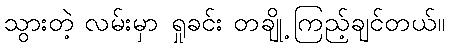
သွားတဲ့ လမ်းမှာ ရှုခင်း တချို့ ကြည့်ချင်တယ်။